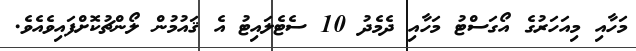
މަހާއި މިއަހަރުގެ އޯގަސްޓު މަހާއި ދެމެދު 10 ސެޓެލައިޓު އެ ޤައުމުން ލޯންޗުކޮށްފައިވެއެވެ.